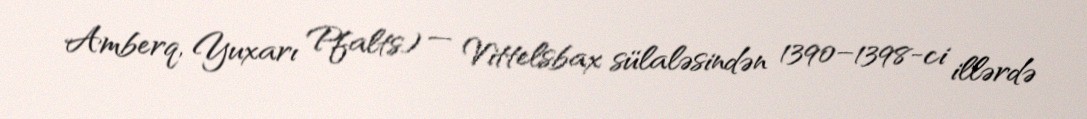
Amberq, Yuxarı Pfalts) — Vittelsbax sülaləsindən 1390–1398-ci illərdə